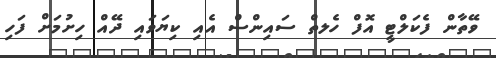
ވޭތާން ފެކަލްޓީ އޮފް ހެލތް ސައިންސް އެއި ކިޔަވައި ދޭއް ހިށުމަށް ފަހި